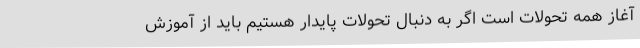
آغاز همه تحولات است اگر به دنبال تحولات پایدار هستیم باید از آموزش